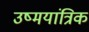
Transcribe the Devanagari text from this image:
उष्मयांत्रिक